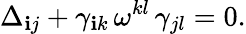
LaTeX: \Delta_{\mathbf{i}j}+\gamma_{\mathbf{i}k}\, \omega^{kl}\, \gamma_{jl}=0.